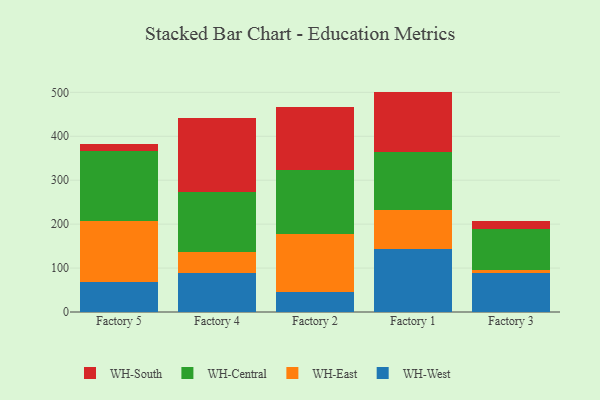
{"axis": {"x": "Factory", "y": "Shipments"}, "legend": ["WH-Central", "WH-East", "WH-South", "WH-West"], "data": [{"x": "Factory 5", "y": 69.2, "type": "WH-West"}, {"x": "Factory 5", "y": 137.7, "type": "WH-East"}, {"x": "Factory 5", "y": 159.4, "type": "WH-Central"}, {"x": "Factory 5", "y": 15.6, "type": "WH-South"}, {"x": "Factory 4", "y": 89.7, "type": "WH-West"}, {"x": "Factory 4", "y": 46.5, "type": "WH-East"}, {"x": "Factory 4", "y": 137.0, "type": "WH-Central"}, {"x": "Factory 4", "y": 167.3, "type": "WH-South"}, {"x": "Factory 2", "y": 44.4, "type": "WH-West"}, {"x": "Factory 2", "y": 133.5, "type": "WH-East"}, {"x": "Factory 2", "y": 144.8, "type": "WH-Central"}, {"x": "Factory 2", "y": 143.0, "type": "WH-South"}, {"x": "Factory 1", "y": 143.9, "type": "WH-West"}, {"x": "Factory 1", "y": 88.9, "type": "WH-East"}, {"x": "Factory 1", "y": 130.4, "type": "WH-Central"}, {"x": "Factory 1", "y": 138.5, "type": "WH-South"}, {"x": "Factory 3", "y": 88.3, "type": "WH-West"}, {"x": "Factory 3", "y": 8.3, "type": "WH-East"}, {"x": "Factory 3", "y": 91.6, "type": "WH-Central"}, {"x": "Factory 3", "y": 18.4, "type": "WH-South"}]}